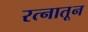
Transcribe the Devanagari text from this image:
रत्‍नातून